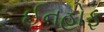
ઈનહોફ